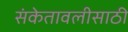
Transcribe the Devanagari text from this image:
संकेतावलीसाठी